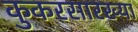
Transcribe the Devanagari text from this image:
कुकरसारख्या